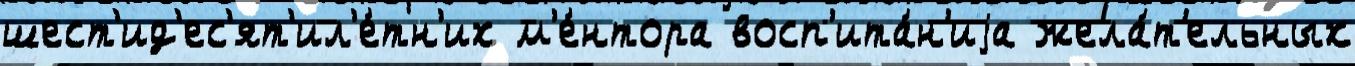
шест'ид'ес'ят'ил'е́тн'их м'е́нтора восп'ита́н'иjа жела́т'ельных